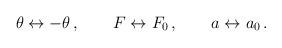
LaTeX: \begin{align*} \theta \leftrightarrow - \theta \,, \qquad F \leftrightarrow F_0 \,, \qquad a \leftrightarrow a_0 \,.\end{align*}